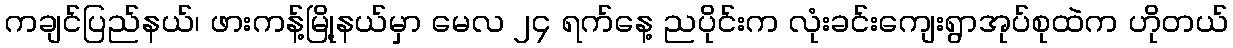
ကချင်ပြည်နယ်၊ ဖားကန့်မြို့နယ်မှာ မေလ ၂၄ ရက်နေ့ ညပိုင်းက လုံးခင်းကျေးရွာအုပ်စုထဲက ဟိုတယ်